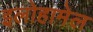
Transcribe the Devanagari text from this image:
इलोहामेल